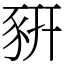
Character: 豣